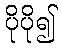
ပိုပို၍